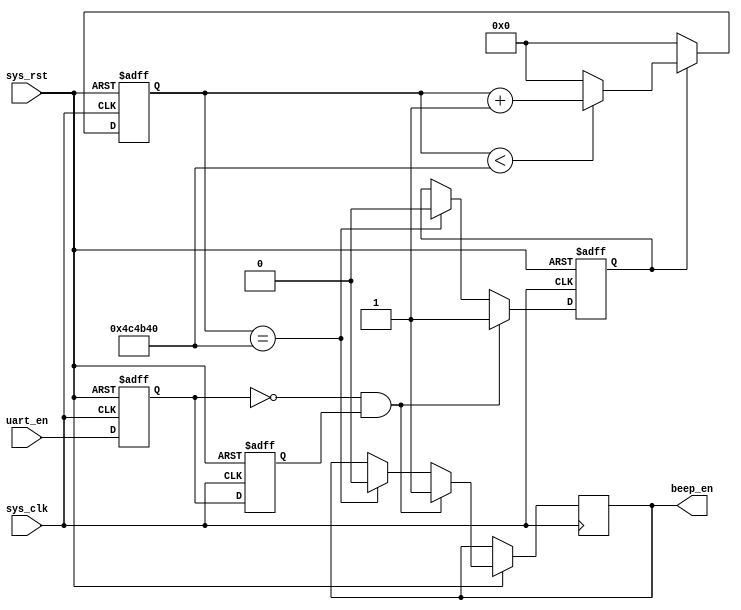
/*
25/06/2021
written by Zyy Zhou (22670661)
used for UWA unit ELEC5552 design2  fir filter desin
to make a sound and indicate that there is a signal coming from the port
*/


module uart_beep (
	input               sys_clk,
	input               sys_rst,
	input               uart_en,
	
	output     reg      beep_en
);

//parameter define
parameter       MAX_COUNT = 27'd5000000;

//reg define
reg    [26:0]   count;
reg             uart_en_0;
reg             uart_en_1; //two signals to detect the rising edge of the uart_en signal
reg             beep_flag; //signal indicating beep

//wire define
wire            uart_en_ris; //detect the rising edge of the uart_en signal

//***********************************************************
//                main  code
//***********************************************************
//rising edge detection (1 enabled)
assign uart_en_ris = (~uart_en_0) & uart_en_1; 
//delay the uart_en_0 signal for two time period
always @ (posedge sys_clk or negedge sys_rst) begin
	if (!sys_rst) begin
		uart_en_1 <= 1'b0;
		uart_en_0 <= 1'b0;
	end
	else begin
		uart_en_0 <= uart_en;
		uart_en_1 <= uart_en_0;   //non-blocking assignment, causing the delay
	end
end

/*
enable the beep for MAX_COUNT period of clk signal after a rising edge of uart_en is detected
*/
always @ (posedge sys_clk or negedge sys_rst) begin
	if (!sys_rst)      //press the buttom to reset the counter
		beep_flag <= 1'b0;
	else if (uart_en_ris) begin //rising edge of the uart_en detected
		beep_flag <= 1'b1; //start beeping
		beep_en <= 1'b1;
	end
	else if (count == MAX_COUNT) begin //if the time is enough
		beep_flag <= 1'b0; 
		beep_en <= 1'b0; //stop beeping if time is enough
	end
end

/*
start counting clk when start beeping.
when counter reaches MAX_COUNT then beep__flag and beep_en will be disabled (see in the always above)
then beep will stop and the counter will be reset and wait for next beep
*/
always @ (posedge sys_clk or negedge sys_rst) begin
	if (!sys_rst)
		count <= 27'd0; //reset the counter and the beep output
	else if (beep_flag == 1'b1) begin  //start counting if start beeping
		if (count < MAX_COUNT)//keep counting if time is not enough
			count <= count + 1;
		else
			count <= 27'd0; //reset the counter if time is enough
	end
	else 
		count <= 27'd0; //reset the counter if not beeping
end

endmodule